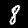
Digit: 8